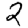
Digit: 2